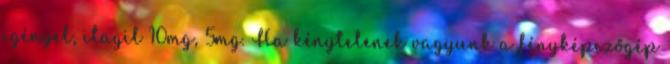
igényel, itagil 10mg, 5mg. Ha kénytelenek vagyunk a fényképezőgép